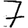
Digit: 7